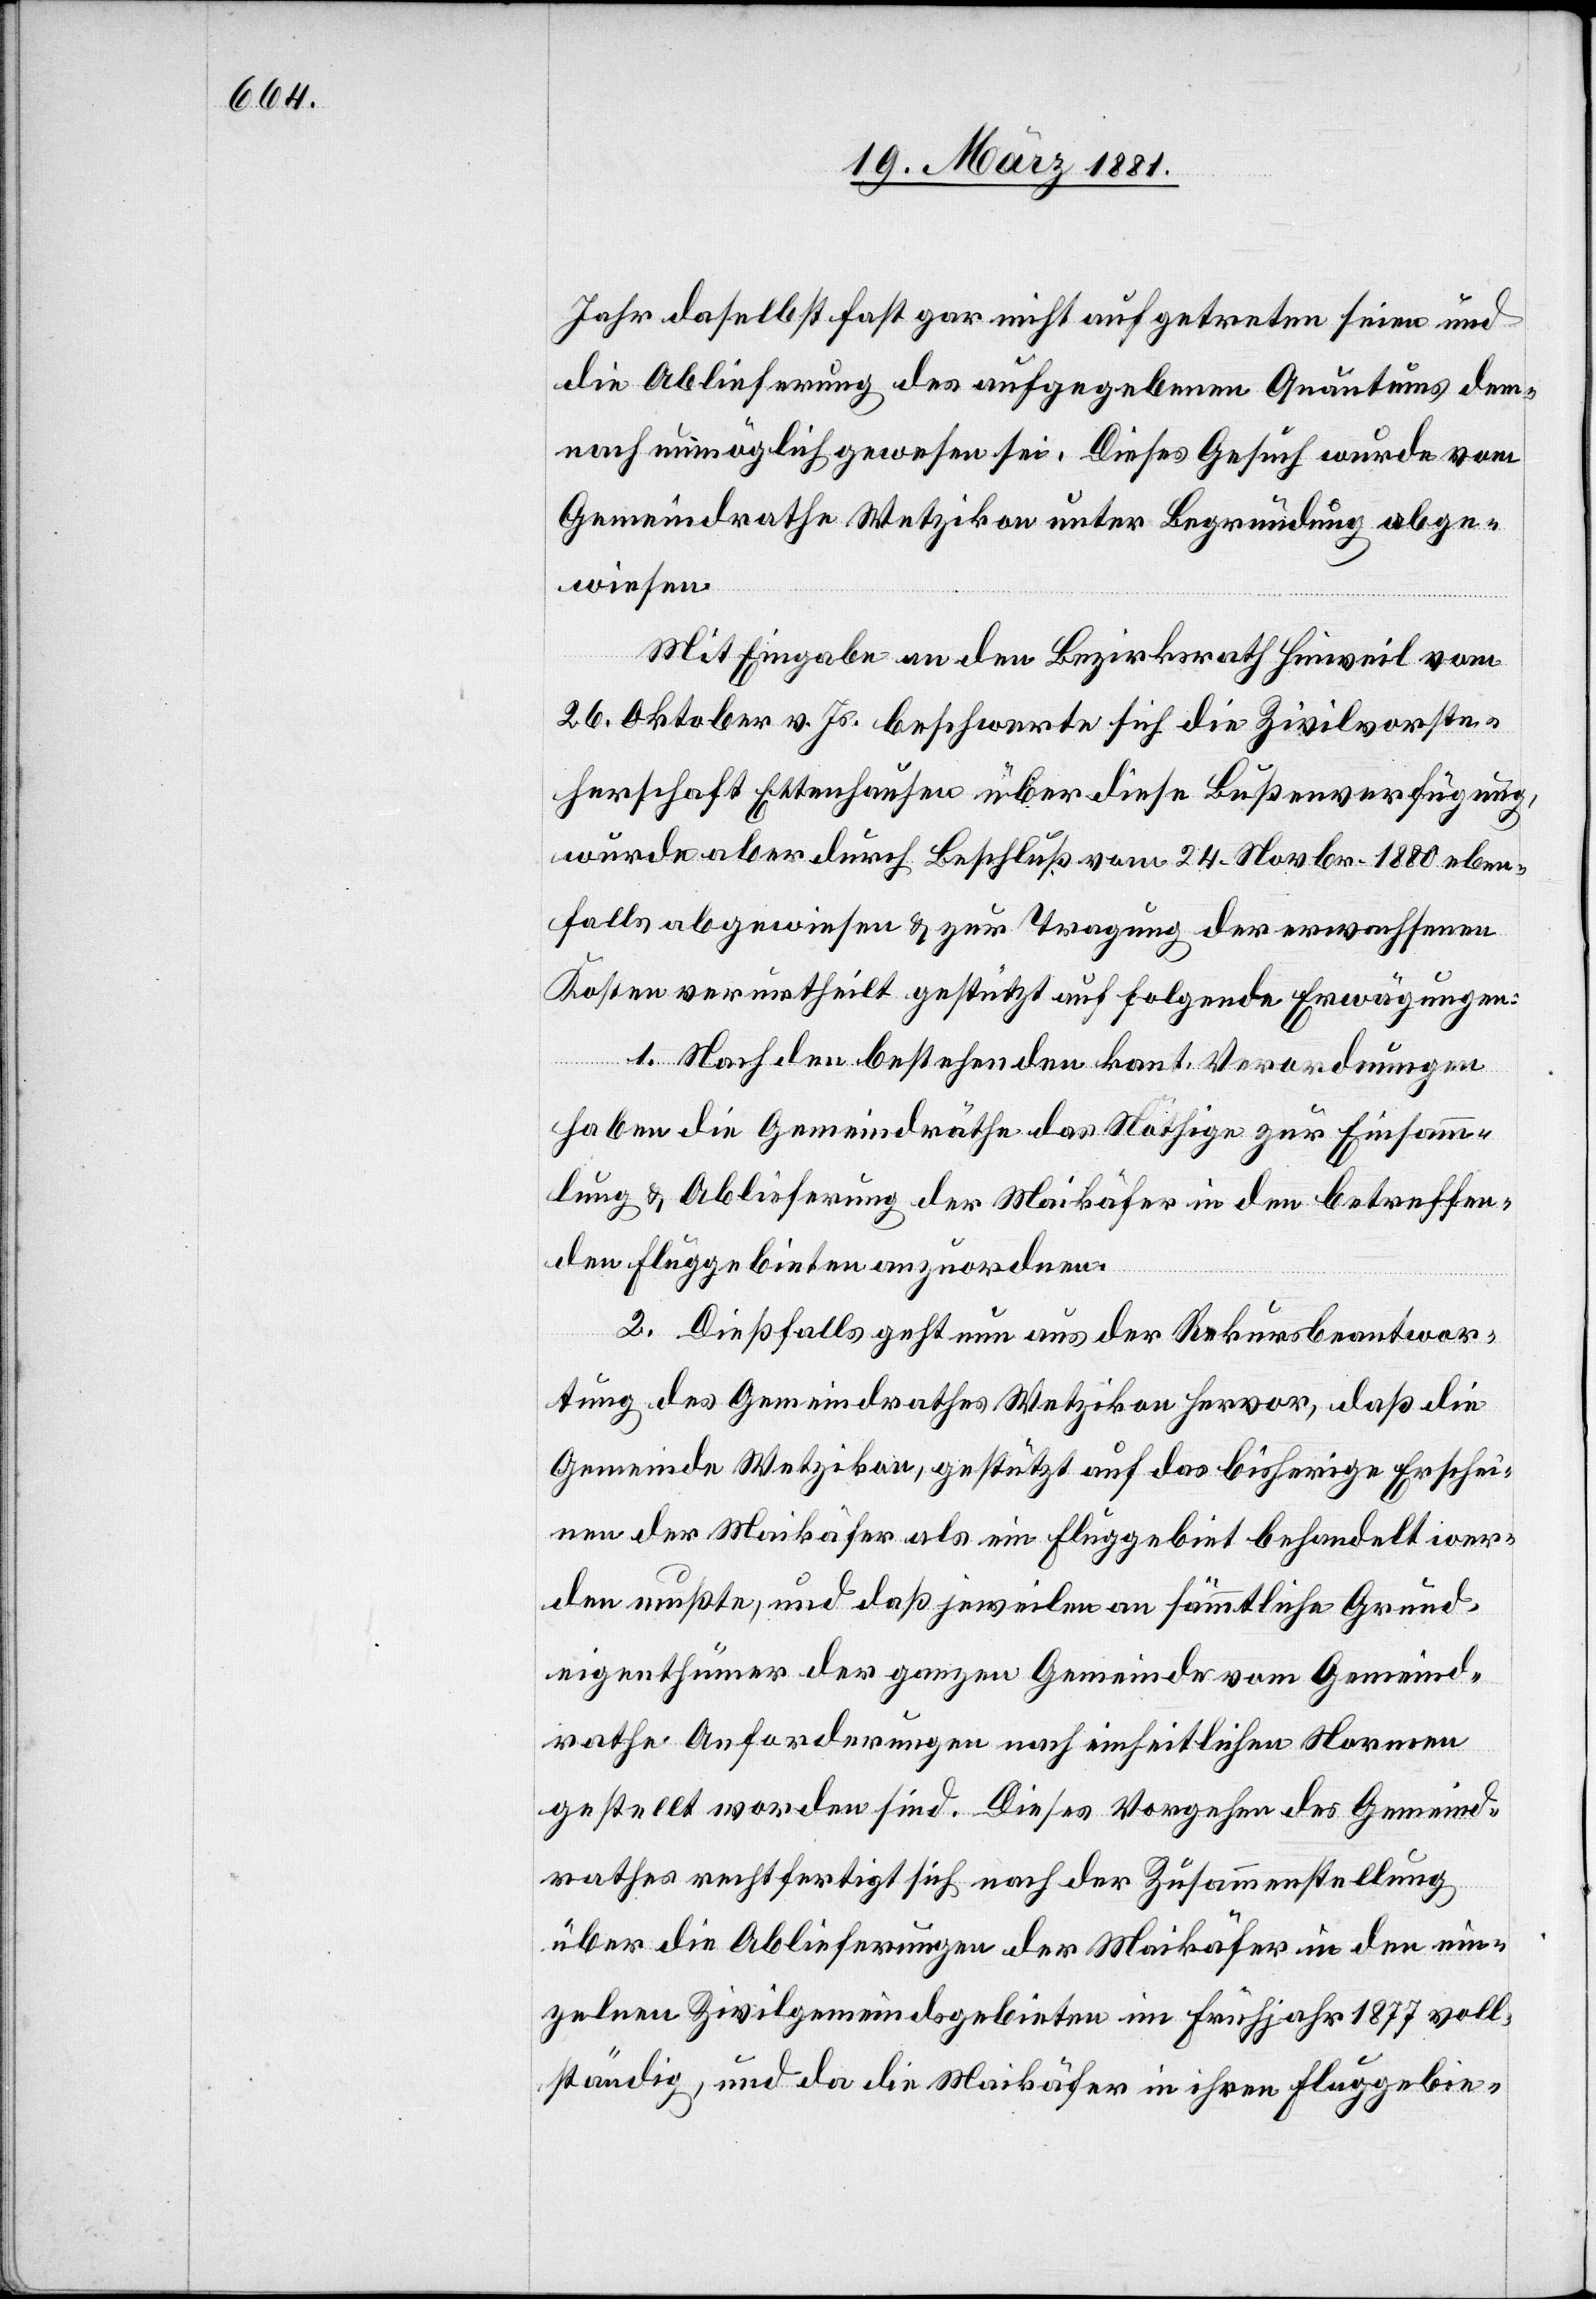
Jahr daselbst fast gar nicht aufgetreten seien und
die Ablieferung des aufgegebenen Quantums dem¬
nach unmöglich gewesen sei. Dieses Gesuch wurde vom
Gemeindrathe Wetzikon unter Begründung abge¬
wiesen.
Mit Eingabe an den Bezirksrath Hinweil vom
26. Oktober v. Js. beschwerte sich die Zivilvorste¬
herschaft Ettenhausen über diese Bußenverfügung,
wurde aber durch Beschluß vom 24. Novbr. 1880 eben¬
falls abgewiesen & zur Tragung der erwachsenen
Kosten verurtheilt gestützt auf folgende Erwägungen:
1. Nach den bestehenden kant. Verordnungen
haben die Gemeindräthe das Nöthige zur Einsamm¬
lung & Ablieferung der Maikäfer in den betreffen¬
den Fluggebieten anzuordnen.
2. Dießfalls geht nun aus der Rekursbeantwor¬
tung des Gemeindrathes Wetzikon hervor, daß die
Gemeinde Wetzikon, gestützt auf das bisherige Erschei¬
nen der Maikäfer als ein Fluggebiet behandelt wer¬
den mußte, und daß jeweilen an sämmtliche Grund¬
eigenthümer der ganzen Gemeinde vom Gemeind¬
rathe Anforderungen nach einheitlichen Normen
gestellt worden sind. Dieses Vorgehen des Gemeind¬
rathes rechtfertigt sich nach der Zusammenstellung
über die Ablieferungen der Maikäfer in den ein¬
zelnen Zivilgemeindsgebieten im Frühjahr 1877 voll¬
ständig, und da die Maikäfer in ihren Fluggebie-